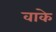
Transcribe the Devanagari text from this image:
वाके